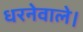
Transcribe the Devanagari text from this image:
धरनेवाले।